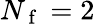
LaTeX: N_{\mathrm{~f~}}=2